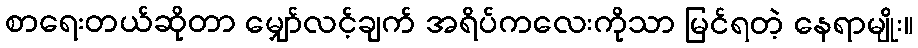
စာရေးတယ်ဆိုတာ မျှော်လင့်ချက် အရိပ်ကလေးကိုသာ မြင်ရတဲ့ နေရာမျိုး။